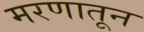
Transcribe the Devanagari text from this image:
मरणातून